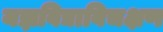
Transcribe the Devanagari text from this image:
यज्ञविद्याविचक्षण